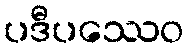
ပဒီပဿေဝ